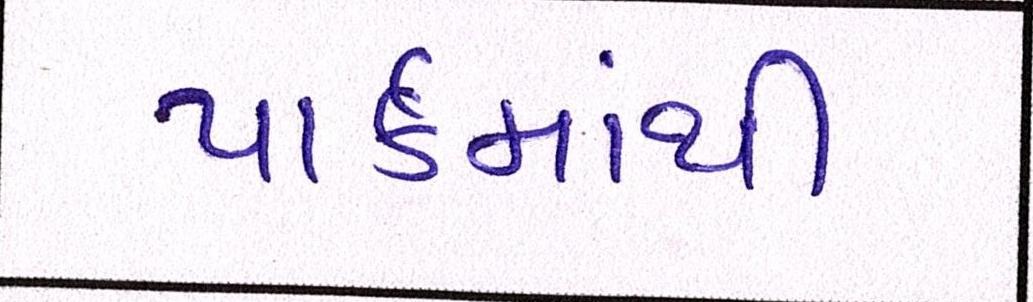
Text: પાર્કમાંથી